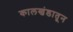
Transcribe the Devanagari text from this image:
कालखंडातून